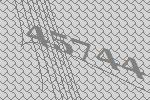
45744